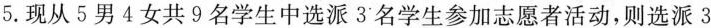
5. 现从 5 男 4 女共 9 名学生中选派 3 名学生参加志愿者活动，则选派 3